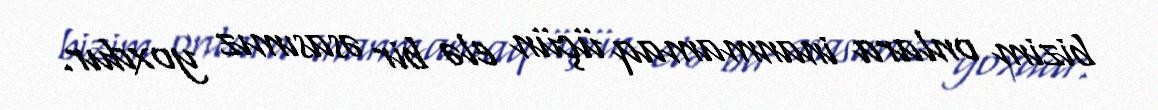
bizim onlara inanmamaq üçün elə bir əsasımız yoxdur.